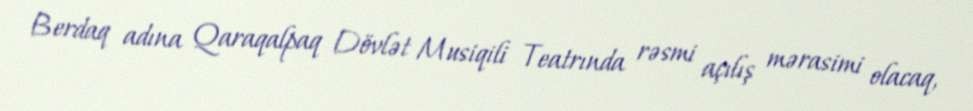
Berdaq adına Qaraqalpaq Dövlət Musiqili Teatrında rəsmi açılış mərasimi olacaq,